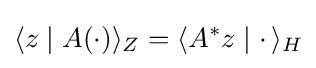
\langle z\mid A(\cdot )\rangle _{Z}=\langle A^{*}z\mid \cdot \,\rangle _{H}